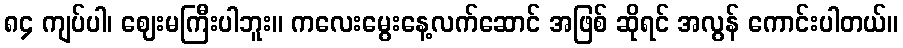
၈၄ ကျပ်ပါ၊ ဈေးမကြီးပါဘူး။ ကလေးမွေးနေ့လက်ဆောင် အဖြစ် ဆိုရင် အလွန် ကောင်းပါတယ်။